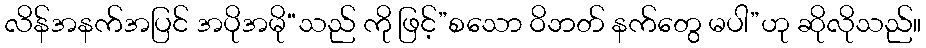
လိန်အနက်အပြင် အပိုအမို“သည် ကို ဖြင့်”စသော ဝိဘတ် နက်တွေ မပါ”ဟု ဆိုလိုသည်။